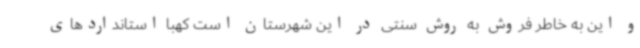
و این به خاطر فروش به روش سنتی در این شهرستان است کهبا استانداردهای